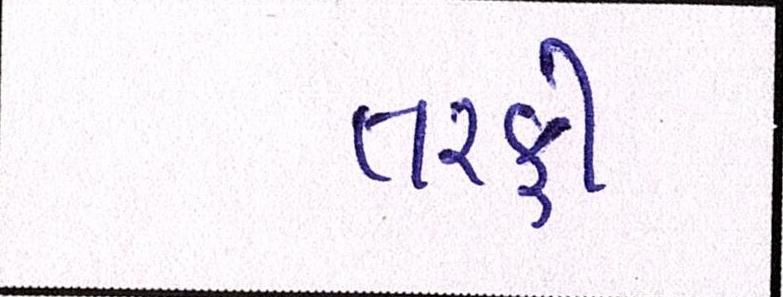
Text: તરફી